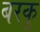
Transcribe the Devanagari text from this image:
बरकु